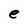
Character: e